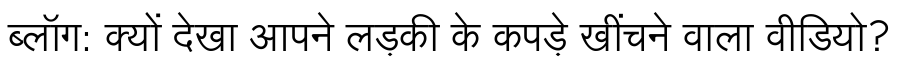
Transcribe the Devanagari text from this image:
ब्लॉग: क्यों देखा आपने लड़की के कपड़े खींचने वाला वीडियो?